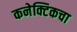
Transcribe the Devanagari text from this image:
कनेक्टिकचा